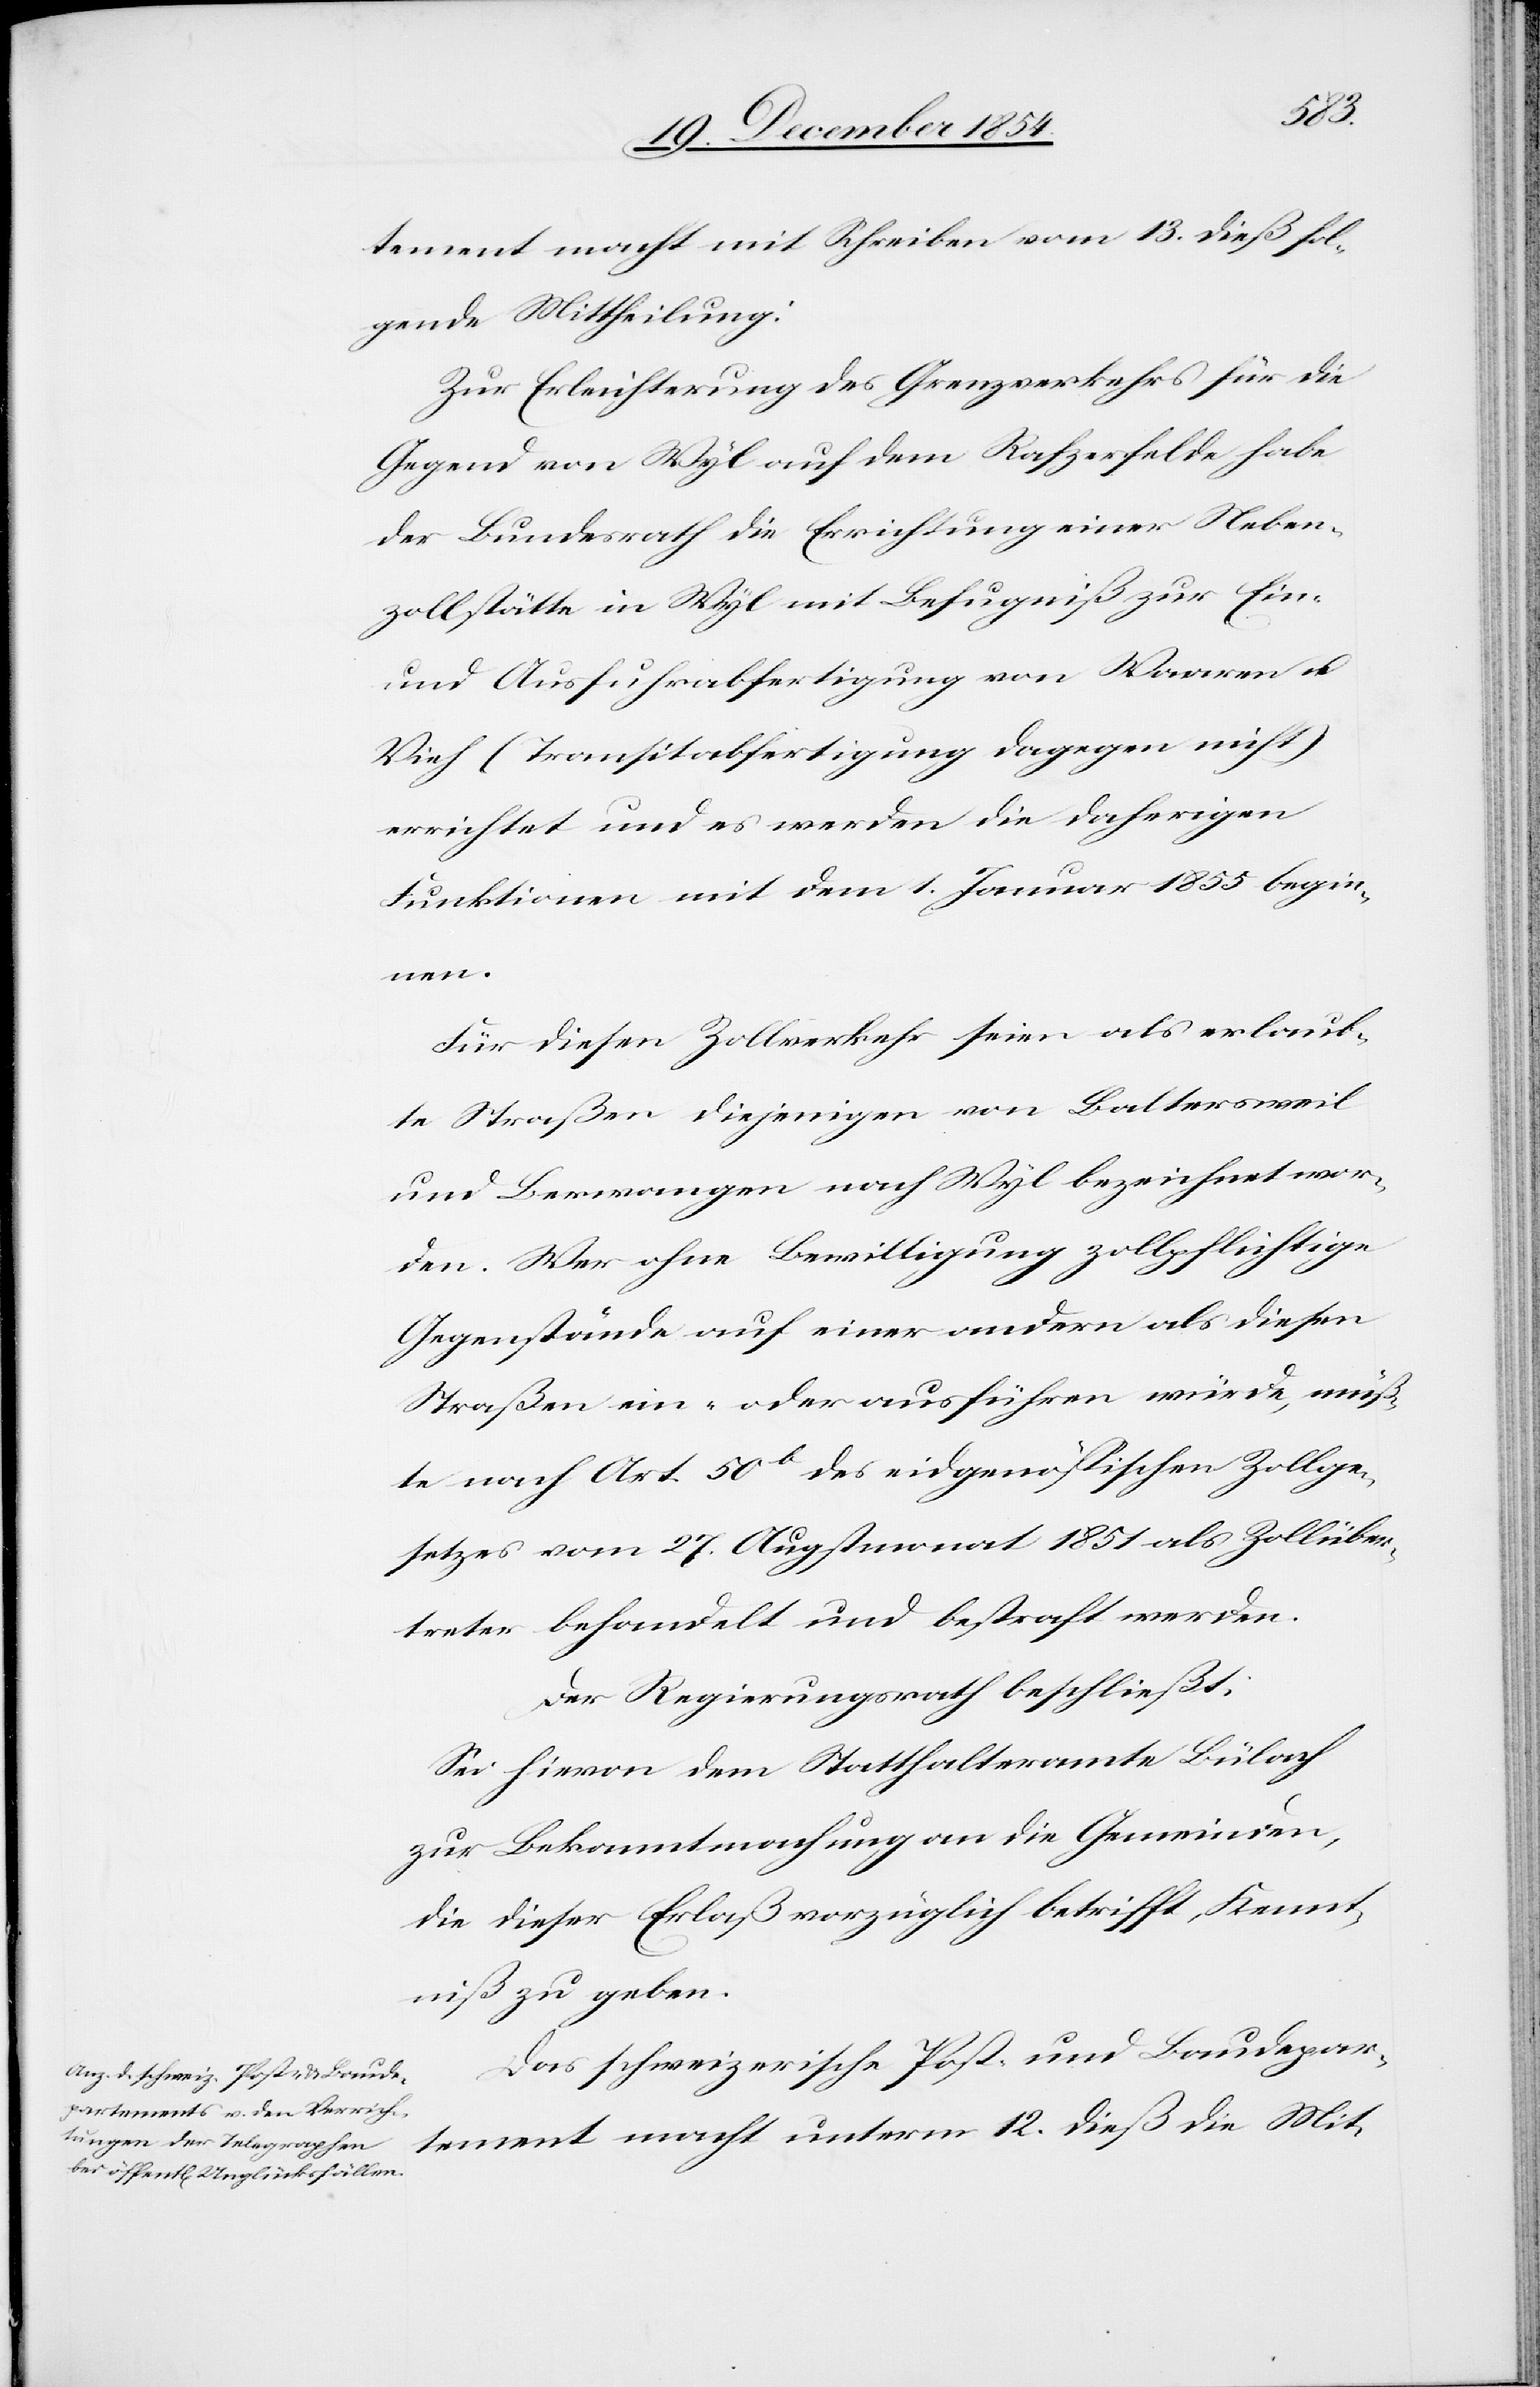
tement macht mit Schreiben vom 13. dieß fol¬
gende Mittheilung.
Zu Erleichterung des Grenzverkehrs für die
Gegend von Wyl auf dem Rafzerfelde habe
der Bundesrath die Errichtung einer Neben¬
zollstätte in Wyl mit Befugniß zur Ein-
und Ausfuhrabfertigung von Waaren u.
Vieh (Transitabfertigung dagegen nicht)
errichtet und es werden die daherigen
Funktionen mit dem 1. Januar 1855 begin¬
nen.
Für diesen Zollverkehr seien als erlaub¬
te Straßen diejenigen von Baltersweil
und Berwangen nach Wyl bezeichnet wor¬
den. Wer ohne Bewilligung zollpflichtige
Gegenstände auf einer andern als diesen
Straßen ein- oder ausführen würde, müß¬
te nach Art. 50b des eidgenößischen Zollge¬
setzes vom 27. Augstmonat 1851 als Zollüber¬
treter behandelt und bestraft werden.
Der Regierungsrath beschließt:
Sei hievon dem Statthalteramt Bülach
zur Bekanntmachung an die Gemeinden,
die dieser Erlaß vorzüglich betrifft, Kennt¬
niß zu geben.
Das schweizerische Post- und Baudepar¬
tement macht unterm 12. dieß die Mit-